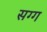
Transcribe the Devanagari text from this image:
सग्ग